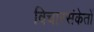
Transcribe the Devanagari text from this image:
विचारसंकेतों